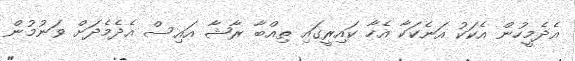
އެދެމީހުން އެކަކު އަނެކަކާ އެހާ ކައިރީގައި ތިއްބާ ރާޝާ އައިސް އެދެމެދަށް ވަނުމުން